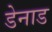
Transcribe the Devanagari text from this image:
डेनाड